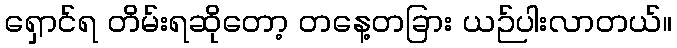
ရှောင်ရ တိမ်းရဆိုတော့ တနေ့တခြား ယဉ်ပါးလာတယ်။